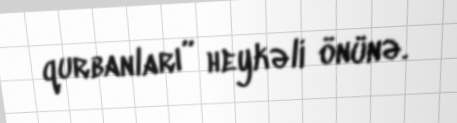
qurbanları” heykəli önünə.